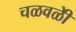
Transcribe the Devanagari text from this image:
चळवळीे